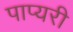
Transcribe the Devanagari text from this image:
पाप्यरी